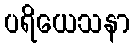
ပရိယေသနာ